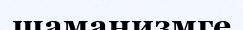
шаманизмге